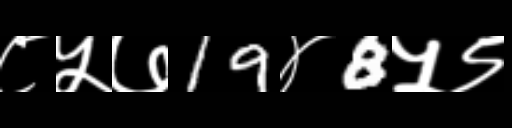
Text: ८५७19४8५९